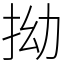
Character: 拗